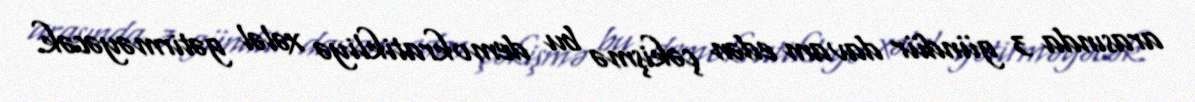
arasında 3 gündür davam edən çəkişmə bu demokratikliyə xələl gətirməyəcək.